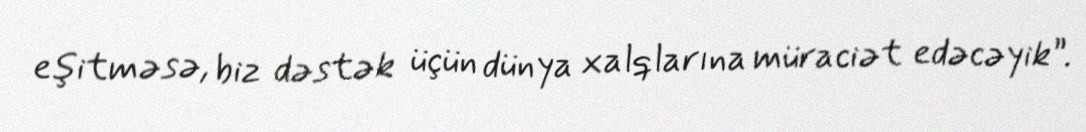
eşitməsə, biz dəstək üçün dünya xalqlarına müraciət edəcəyik”.